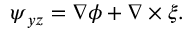
\boldsymbol { \psi } _ { y z } = \boldsymbol { \nabla } \phi + \boldsymbol { \nabla } \times \xi .